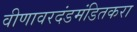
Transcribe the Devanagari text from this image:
वीणावरदंडमंडितकरा